Senior Leaving Certificate Examination (including Day School Certificate (Higher) General paper), 1949
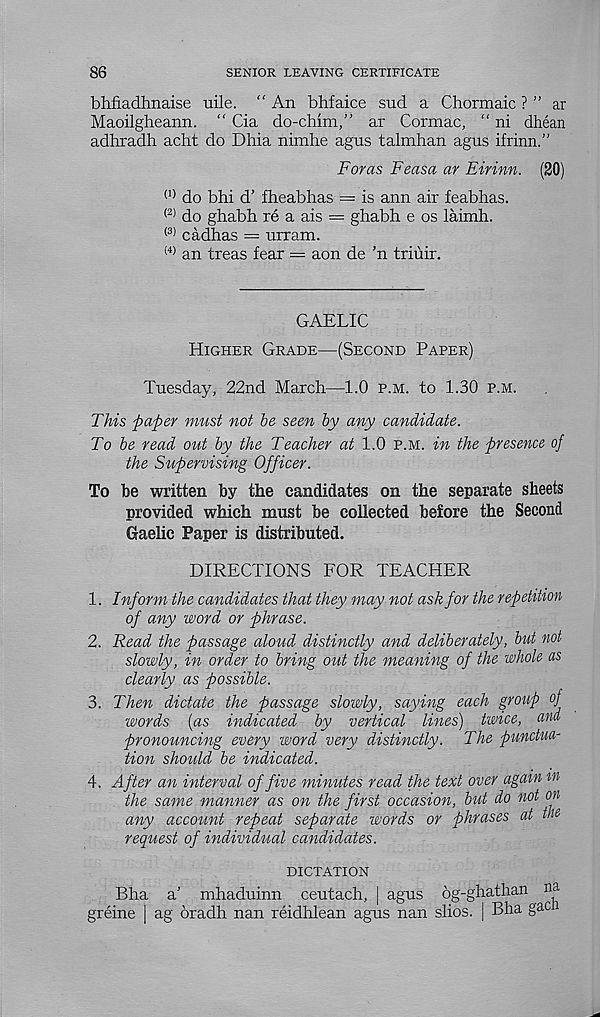
86
SENIOR LEAVING CERTIFICATE
bhfiadhnaise uile. “ An bhfaice sud a Chormaic ? ” ar
Maoilgheann. “ Cia do-chim,” ar Cormac, “ ni dhean
adhradh acht do Dhia nimhe agus talmhan agus ifrinn.”
Foras Feasa ar Eirinn. (20)
(1) do bhi d' fheabhas — is ann air feabhas.
(2) do ghabh re a ais = ghabh e os laimh.
(3) cadhas = urram.
(4) an treas fear = aon de ’n triuir.
GAELIC
Higher Grade—(Second Paper)
Tuesday, 22nd March—1.0 p.m. to 1.30 p.m.
This paper must not be seen by any candidate.
To be read out by the Teacher at 1.0 p.m. in the presence of
the Supervising Officer.
To be written by the candidates on the separate sheets
provided which must be collected before the Second
Gaelic Paper is distributed.
DIRECTIONS FOR TEACHER
1. Inform the candidates that they may not ask for the repetition
of any word or phrase.
2. Read the passage aloud distinctly and deliberately, but not
slowly, in order to bring out the meaning of the whole as
clearly as possible.
3. Then dictate the passage slowly, saying each group of
words (as indicated by vertical lines) twice, and
pronouncing every word very distinctly. The punctua-
tion should be indicated.
4. After an interval of five minutes read the text over again m
the same manner as on the first occasion, but do not on
any account repeat separate words or phrases at tm
request of individual candidates.
DICTATION
Bha a' mhaduinn ceutach, | agus og-ghathan
na
XJild. CL
lillictl-LUillll L.CULCLOH, | dg UO wg
c
greine | ag oradh nan reidhlean agus nan shos. j Bna gai-